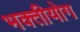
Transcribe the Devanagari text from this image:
भक्तीयोग